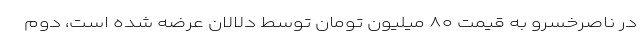
در ناصرخسرو به قیمت ۸۰ میلیون تومان توسط دلالان عرضه شده است، دوم